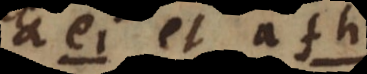
a ei et a